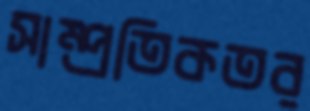
সাম্প্রতিকতর